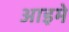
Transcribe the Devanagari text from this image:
आइमे